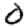
Digit: 0